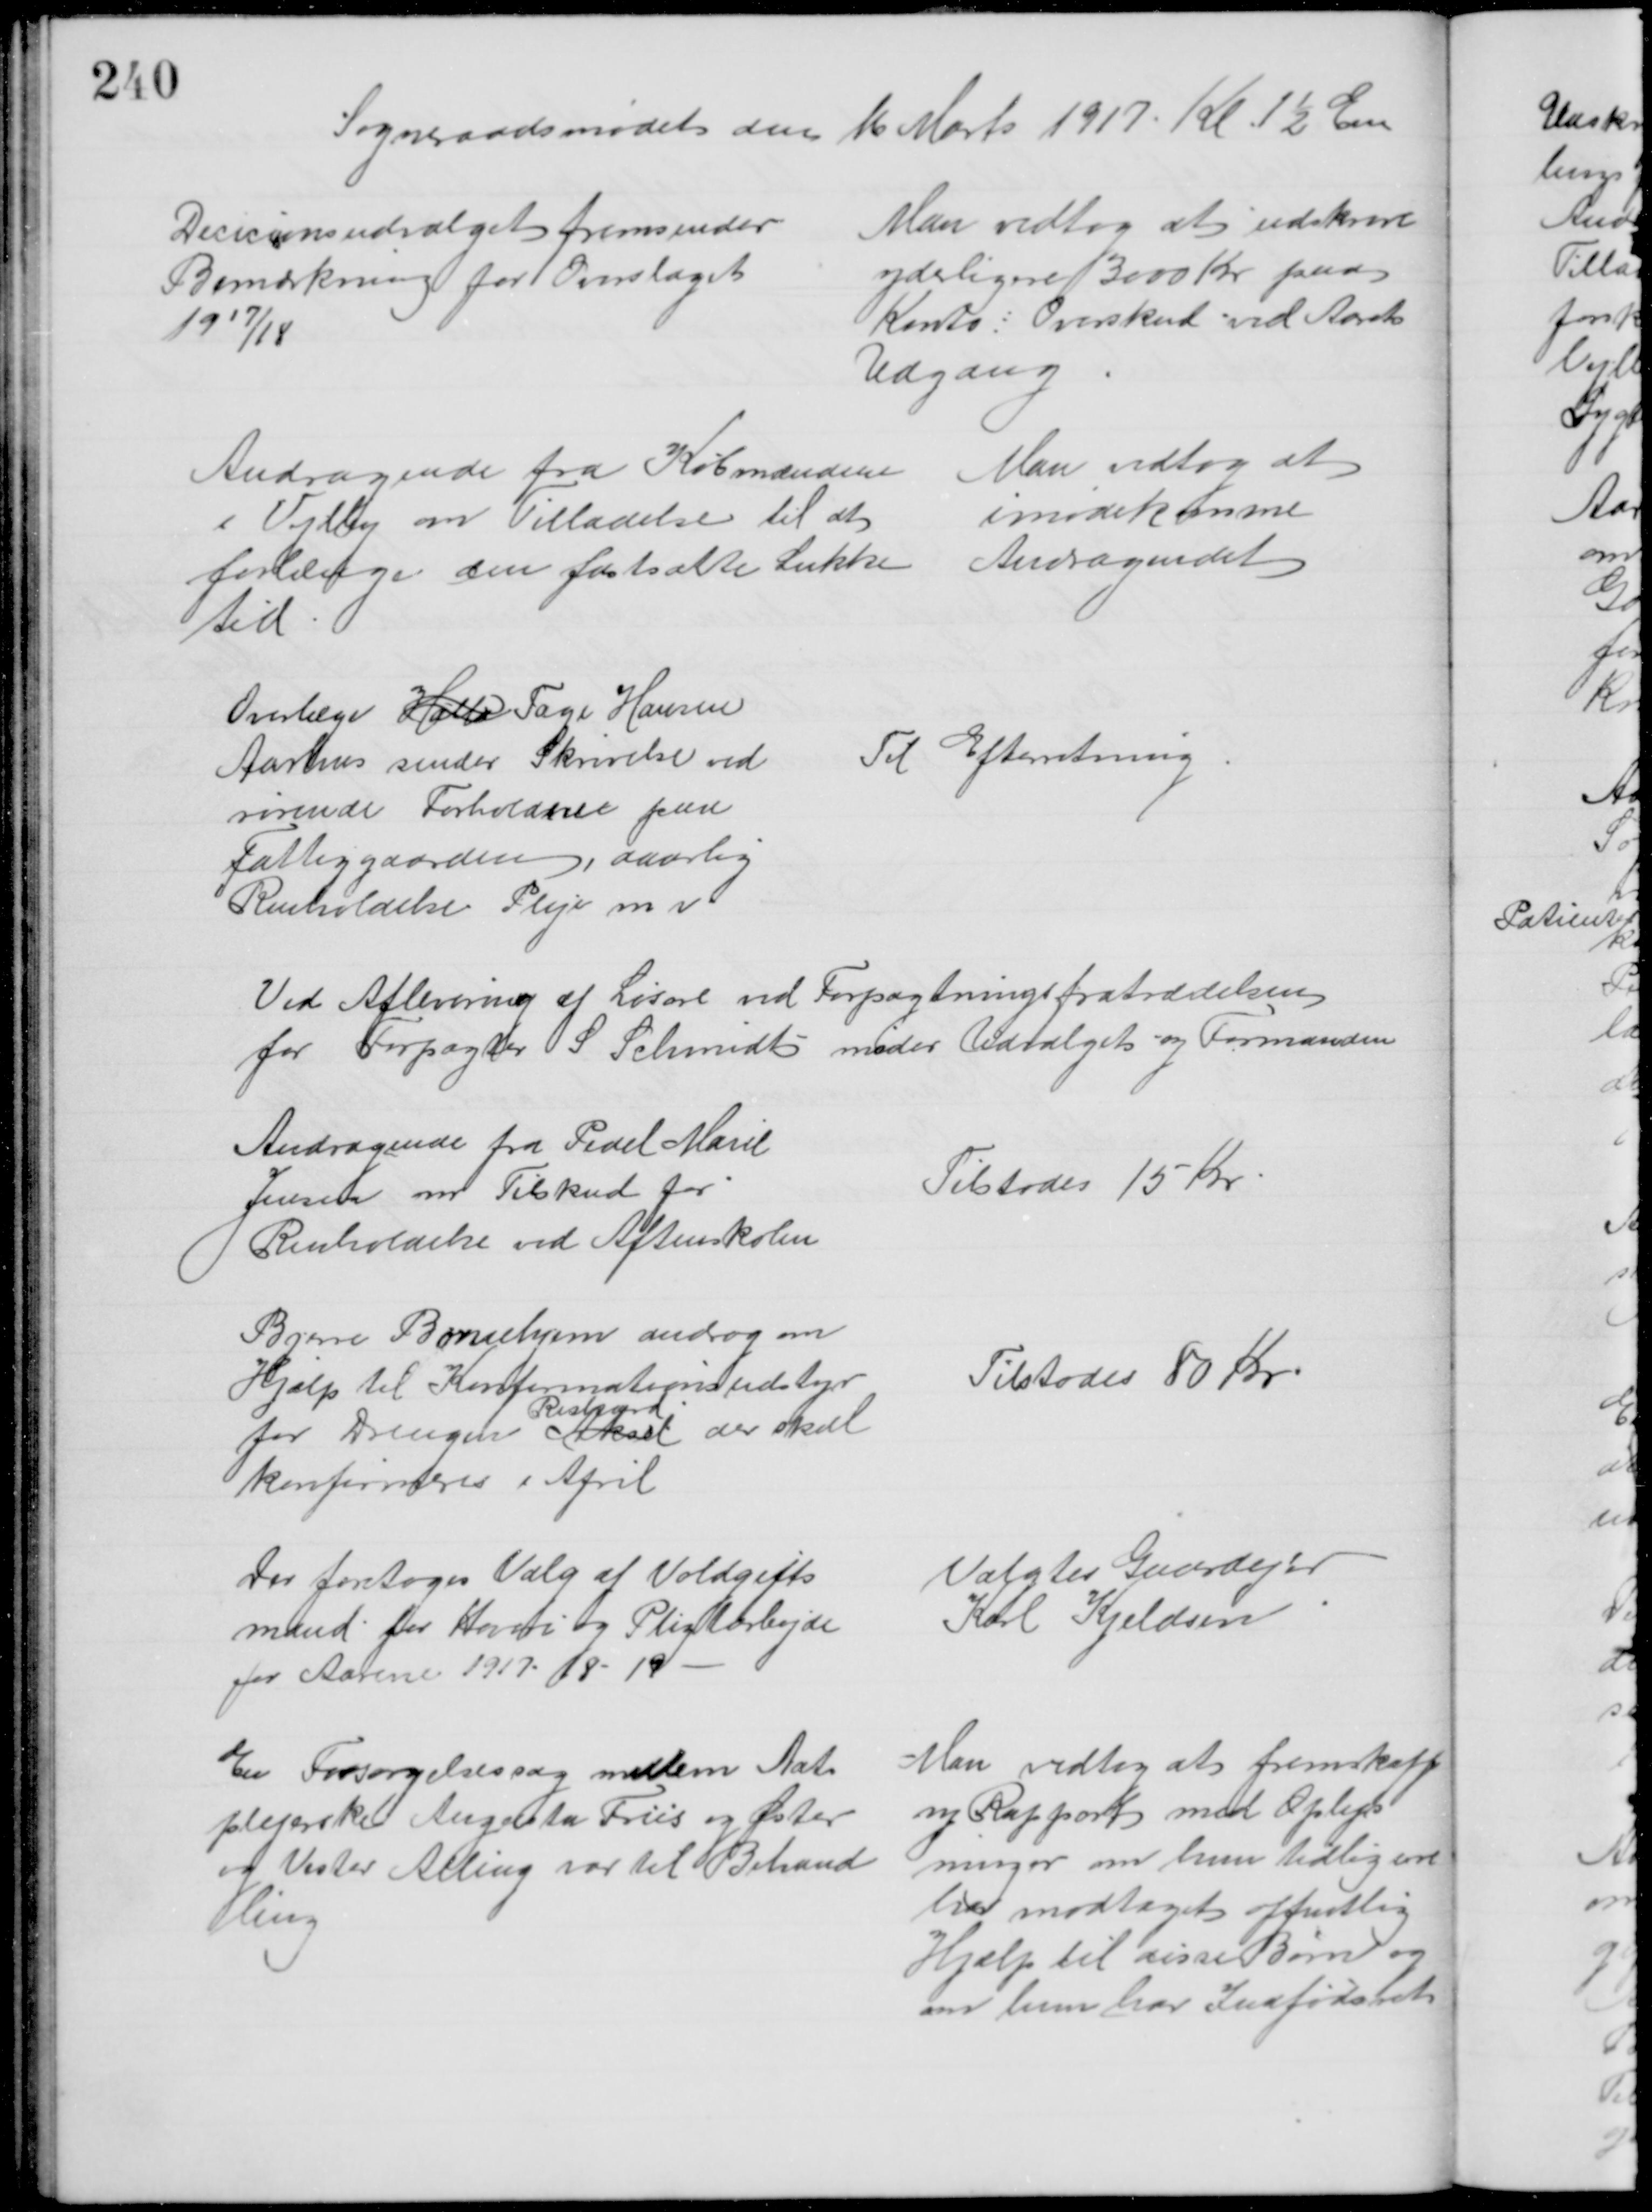
Transskription:
Sogneraadsmødet den 16 Marts 1917 Kl 1½ Em
Decicionsudvalget fremsender
Bemærkning for Overslaget
1917/18
Man vedtog at udskrive
yderligere 3000 Kr paa
Konto: Overskud ved Aarets
Udgang
Andragende fra Købmændene
i Vejlby om Tilladelse til at
forlænge den fastsatte Lukke
tid
Man vedtog at
imødekomme
Andragendet
Overlæge Halla Tage Hansen
Aarhus sender Skrivelse ved
rørende Forholdene paa
Fattiggaarden, daarlig
Renholdelse Pleje m v
Til Efterretning
Ved Aflevering af Løsøre ved Forpagtningsfratrædelsen
for Forpagter S. Schmidt
møder Udvalget og Formanden
Andragende fra Pedel Marie
Jensen om Tilskud for
Renholdelse ved Aftenskolen
Tilstodes 15 Kr
Bjerre Børnehjem androg om
Hjælp til Konfirmationsudstyr
for Drengens Aksel 
Richard
der skal
konfirmeres i April
Tilstodes 80 Kr
Der foretoges Valg af Voldgifts
mand for Hoveri og Pligtarbejde
for Aarene 1917-18-19.
Valgtes Gaardejer
Karl Kjeldsen
En Forsørgelsessag mellem Nat
plejerske Augusta Friis og Øster
og Vester Alling var til Behand
ling
Man vedtog at fremskaffe
ny Rapport med Oplys
ninger om hun tidligere
har modtaget offentlig 
Hjælp til disse Børn og
om hun har Indfødsret